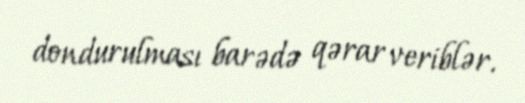
dondurulması barədə qərar veriblər.